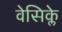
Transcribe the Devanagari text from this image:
वेसिक्ले